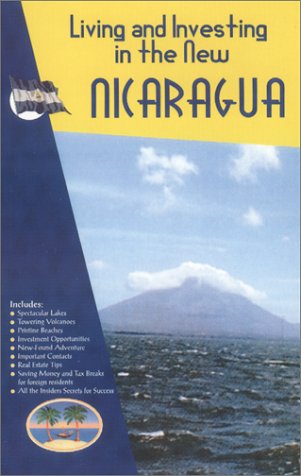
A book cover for Living and Investing in the New Nicaragua; Christopher Howard; Travel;